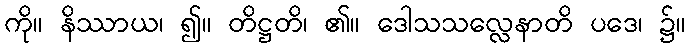
ကို။ နိဿာယ၊ ၍။ တိဋ္ဌတိ၊ ၏။ ဒေါသသလ္လေနာတိ ပဒေ၊ ၌။